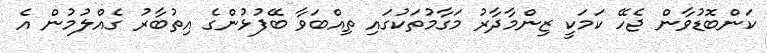
ކަންބޮޑުވާން ޖެހޭ ކަމަކީ ޒިންމާދާރު މަގާމުތަކުގައި ތިއްބަވާ ބޭފުޅުންގެ އިތުބާރު ގެއްލުމުން އެ